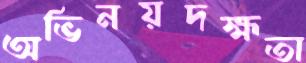
অভিনয়দক্ষতা